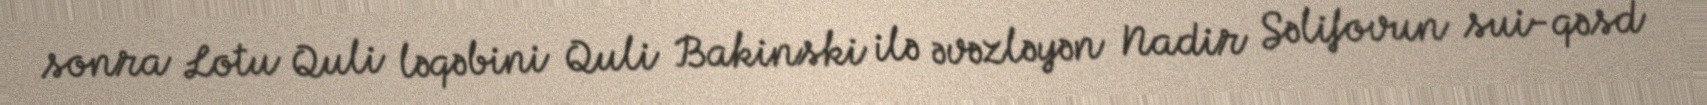
sonra Lotu Quli ləqəbini Quli Bakinski ilə əvəzləyən Nadir Səlifovun sui-qəsd